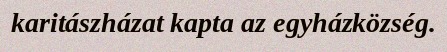
karitászházat kapta az egyházközség.